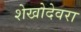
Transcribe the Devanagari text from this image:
शेखोदेवरा